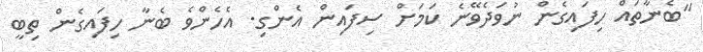
"ބެނާތައް ހިފައިގެން ނުވަދެވޭނެ ކަމަށް ސިފައިން އެންގި. އެހެންވެ ބެނާ ހިފައިގެން ތިބީ